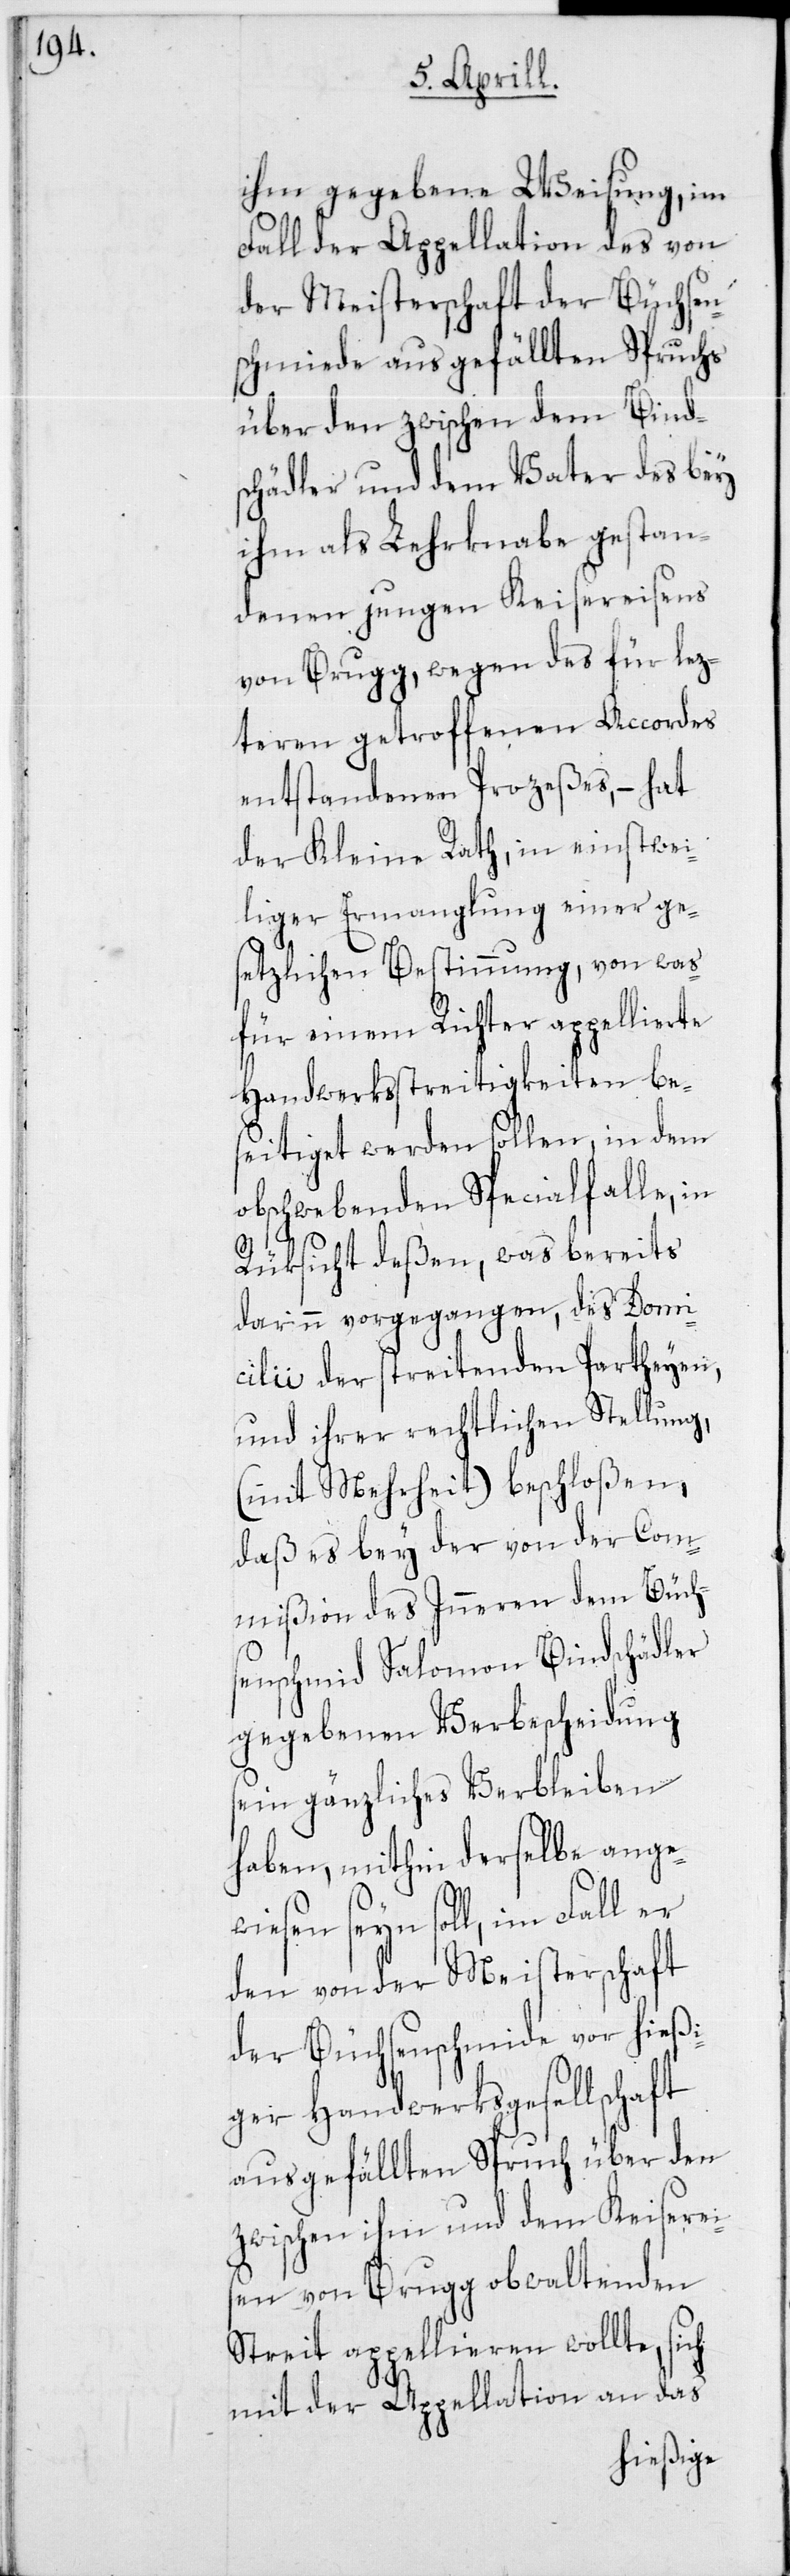
ihm gegebene Weisung, im
Fall der Appellation des von
der Meisterschaft der Büchsen¬
schmiede ausgefällten Spruchs
über den zwischen dem Bind¬
schädler und dem Vater des bey
ihm als Lehrknabe gestan¬
denen jungen Keisereisens
von Brugg, wegen des für lez¬
teren getroffenen Accordes
der Kleine Rath, in einstwei¬
liger Ermanglung einer ge¬
setzlichen Bestimmung, von was¬
für einem Richter appellierte
Handwerksstreitigkeiten be¬
seitiget werden sollen, in dem
obschwebenden Specialfalle, in
Rüksicht deßen, was bereits
darinn vorgegangen, des Domi¬
cilii der streitenden Partheyen,
und ihrer rechtlichen Stellung,
(mit Mehrheit) beschloßen,
daß es bey der von der Com¬
mißion des Inneren dem Büch¬
senschmid Salomon Bindschädler
gegebenen Verbescheidung
sein gänzliches Verbleiben
haben, mithin derselbe ange¬
wiesen seyn soll, im Fall er
den von der Meisterschaft
der Büchsenschmide vor hießi¬
ger Handwerksgesellschaft
ausgefällten Spruch über den
zwischen ihm und dem Keiserei¬
sen von Brugg obwaltenden
Streit appellieren wollte, sich
mit der Appellation an das